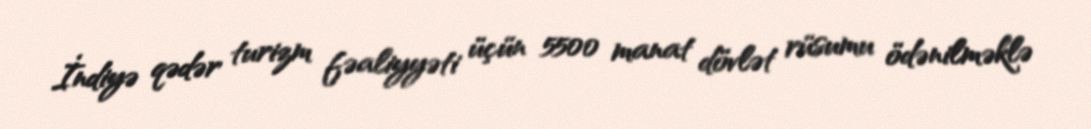
İndiyə qədər turizm fəaliyyəti üçün 5500 manat dövlət rüsumu ödənilməklə